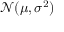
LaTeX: { \mathcal { N } } ( \mu , \sigma ^ { 2 } )